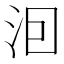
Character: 𭰊